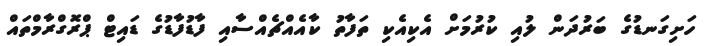
ހަށިގަނޑުގެ ބަރުދަން ލުއި ކުރުމަށް އެކިއެކި ތަފާތު ކާއެއްޗެއްސާއި ފާޑުފާޑުގެ ޑައިޓް ޕްރޮގްރާމްތައް